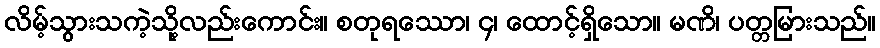
လိမ့်သွားသကဲ့သို့လည်းကောင်း။ စတုရဿော၊ ၄၊ ထောင့်ရှိသော။ မဏိ၊ ပတ္တမြားသည်။